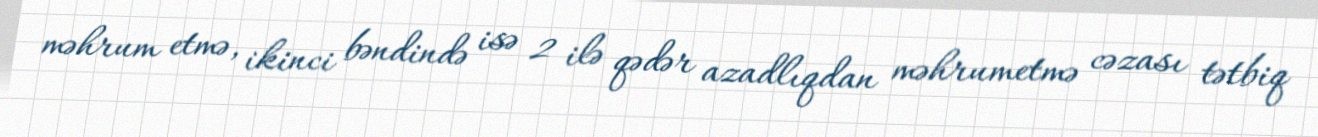
məhrum etmə, ikinci bəndində isə 2 ilə qədər azadlıqdan məhrumetmə cəzası tətbiq